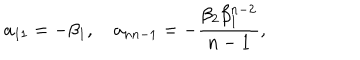
a _ { 1 1 } = - \beta _ { 1 } , \quad a _ { n n - 1 } = - \frac { \beta _ { 2 } \beta _ { 1 } ^ { n - 2 } } { n - 1 } ,